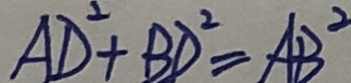
A D ^ { 2 } + B D ^ { 2 } = A B ^ { 2 }